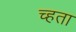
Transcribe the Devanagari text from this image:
च्हता